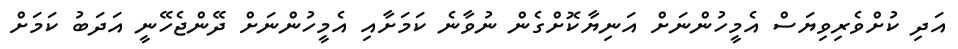
އަދި ކުށްވެރިވިޔަސް އެމީހުންނަށް އަނިޔާކޮށްގެން ނުވާނެ ކަމަށާއި އެމީހުންނަށް ދޭންޖެހޭނީ އަދަބު ކަމަށް